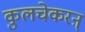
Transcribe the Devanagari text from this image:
कुलचेकरऩ्